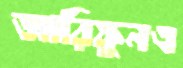
আরিফুনএ